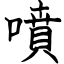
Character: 噴